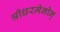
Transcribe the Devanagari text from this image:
श्रीधरमेनोन्